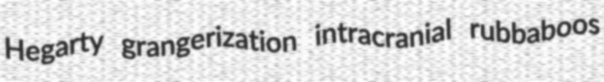
Hegarty grangerization intracranial rubbaboos